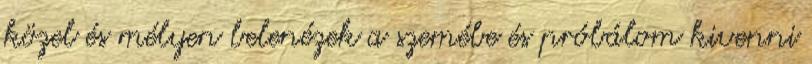
közel és mélyen belenézek a szemébe és próbálom kivenni